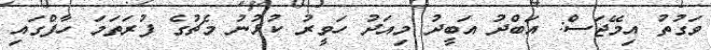
ވަގުތު އިމޭޖަސް: އަބްދު އަބީދު މިއަދު ހަވީރު ކުޅުނު މެޗުގެ ފުރަތަމަ ހާފްގައި